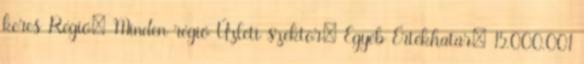
keres Régió: Minden régió Üzleti szektor: Egyéb Értékhatár: 15.000.001